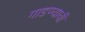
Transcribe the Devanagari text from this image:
गाडण्याची